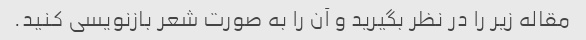
مقاله زیر را در نظر بگیرید و آن را به صورت شعر بازنویسی کنید.